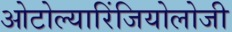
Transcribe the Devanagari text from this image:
ओटोल्यारिंजियोलोजी